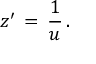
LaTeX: z ^ { \prime } \, = \, { \frac { 1 } { u } } \, .